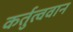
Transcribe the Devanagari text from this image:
कर्तुत्ववान